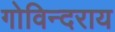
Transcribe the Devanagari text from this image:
गोविन्दराय